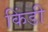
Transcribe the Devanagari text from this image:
किंडी